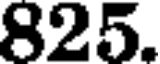
825.